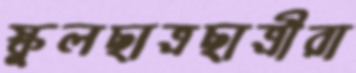
স্কুলছাত্রছাত্রীরা